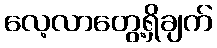
လေ့လာတွေ့ရှိချက်